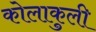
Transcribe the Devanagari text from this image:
कोलाकुली